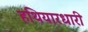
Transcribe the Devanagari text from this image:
हथियारधारी